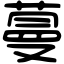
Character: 蔓